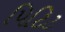
પિટિટ